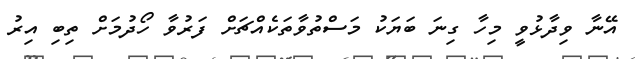
އޭނާ ވިދާޅުވީ މިހާ ގިނަ ބަޔަކު މަސްތުވާތަކެއްޗަށް ފަރުވާ ހޯދުމަށް ތިބި އިރު